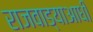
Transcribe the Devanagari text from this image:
राजवाड्याआधी